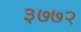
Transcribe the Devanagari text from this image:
३७७२